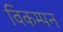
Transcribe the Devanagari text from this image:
विकम्पन